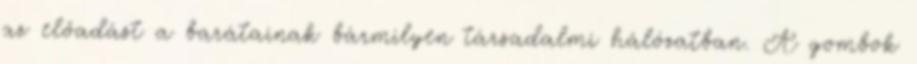
az előadást a barátainak bármilyen társadalmi hálózatban. A gombok